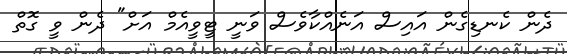
ދެން ކެނޑިގެން އައިސް އަނެއްކާވެސް ވަނީ ޓީވީއެމް އަށް" ދެން ވީ ގޮތް